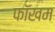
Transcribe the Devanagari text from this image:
फॉखम